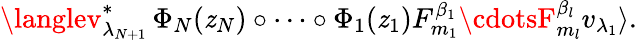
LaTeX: \langlev_{\lambda_{N+1}}^{\ast}\, \Phi_{N}(\mathit{z}_{N})\circ\cdots\circ\Phi_{1}(\mathit{z}_{1})F_{m_{1}}^{\beta_{1}}\cdotsF_{m_{l}}^{\beta_{l}}v_{\lambda_{1}}\rangle.